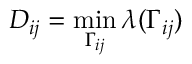
D _ { i j } = \operatorname* { m i n } _ { \Gamma _ { i j } } \lambda ( \Gamma _ { i j } )